Serum-therapy of plague in India - Number 20
Disease focus: Plague
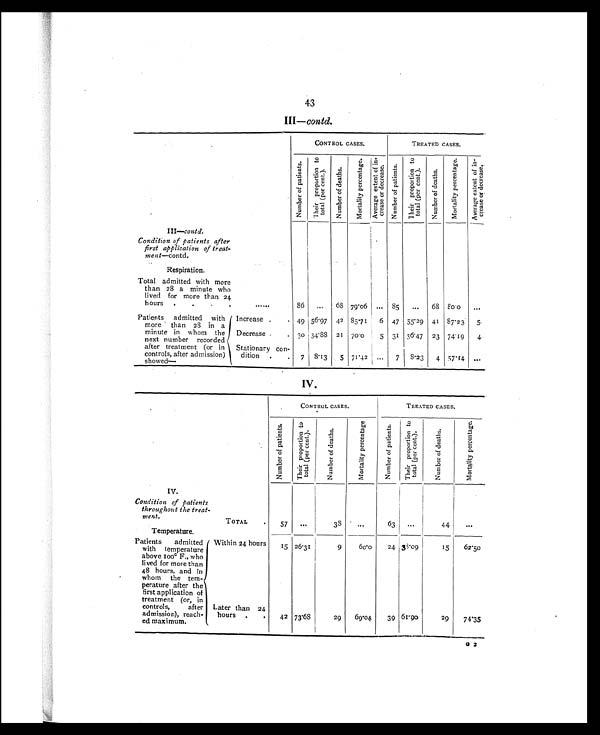
43
I I I
—
c o n t d .
CONTROL CASES.
TREATED CASES.
Nu mb e r o f p a t i e n t s
T h e i r p r o p o r t i o n t o t o t a l ( p e r c e n t ) .
Nu mb e r o f d e a t h s
M o r t a l i t y p e r c e n t a g e A v e r a g e e x t e n t o f i n - c r e a s e o r d e c r e a s e . Nu mb e r o f p a t i e n t s T h e i r p r o p o r t i o n t o t o t a l ( p e r c e n t ) .
N u m b e r o f d e a t h s
M o r t a l i t y p e r c e n t a g e
A v e r a g e e x t e n t o f i n c r e a s e o r d e c r e a s e .
III—contd.
Condition of patients after
first application of treat-
men t—contd.
Respiration.
Total admitted with more
than 28 a minute who
lived fo more than 24
hours
.
.
. .
......
36
...
68
79.06 ... 85
...
68
80.0
. . .
Patients admitted with
more than 28 in a
minute in whom the
next number recorded
after treatment (or in
controls, after admission)
showed
Increase .
. 49 56.97 42 85.71
6 47 55.29 41
87.23
5
Decrease.
. 30 34 .
21 70.0
5
31 36.47 23 74.19
4
Stationary con-
dition
.
.
7
8.13
5 71.42 ...
7
8.23
4
57.14
. . .
IV.
CONTROL CASES.
TREATED CASES.
N u m b e r o f p a t i e n t s .
T h e i r p r o p o r t i o n t o t o t a l ( p e r c e n t ) .
N u m b e r o f d e a t h s .
M o r t a l i t y p e r c e n t a g e
N u m b e r o f p a t i e n t s .
T h e i r p r o p o r t i o n t o t a t a l ( p e r c e n t ) .
N u m b e r o f d e a t h s
M o r t a l i t y p e r c e n t a g e
IV.
Condition of patients
throughout the trea-
m e n t .
TOTAL
.
57
...
38
...
63
...
44
. . .
Temperature.
Patients admitted
with temperature
above 100° F., who
lived for more than
48 hours, and in
whom the tem-
perature after the
first application of
treatment (or, in
controls, after
admission), reach-
ed maximum.
Within 24 hours
15 26.31
9
60.0
24 38.09
15
62.50
Later than 24
hours
.
.
42 73.68
29
69.04
39 61.90
29
74.35
G 2